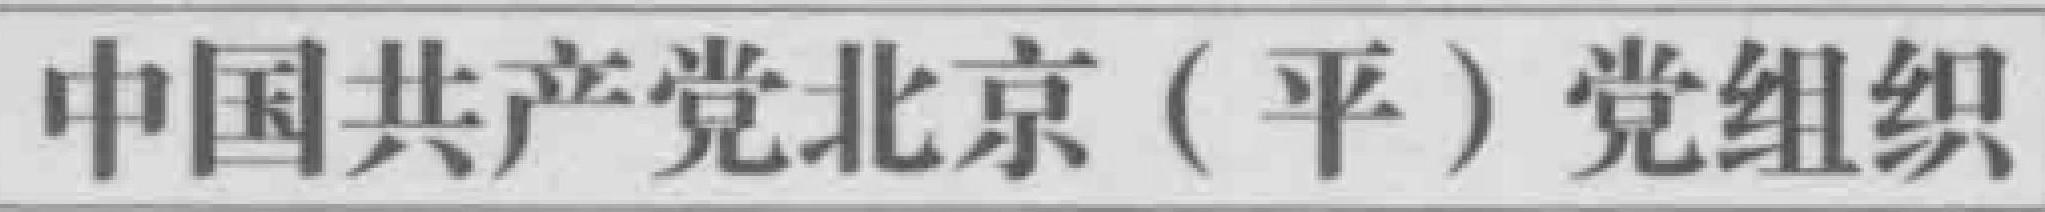
中国共产党北京（平）党组织